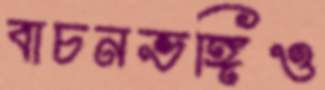
বাচনভঙ্গিও